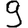
Digit: 9